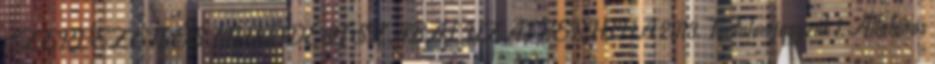
SZERVEZETI ÉS MŰKÖDÉSI SZABÁLYZAT BERHIDA 2013. Tartalomjegyzék 1. Általános